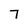
Character: 7